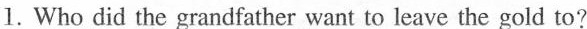
1. Who did the grandfather want to leave the gold to?